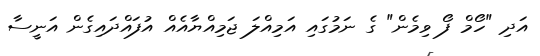
އަދި "ހޯމް ފޯ ވިމެން" ގެ ނަމުގައި އަމިއްލަ ޖަމިއްޔާއެއް އުފައްދައިގެން އަނީސާ